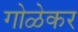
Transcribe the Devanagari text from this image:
गोळेकर